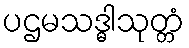
ပဌမသဒ္ဓါသုတ္တံ